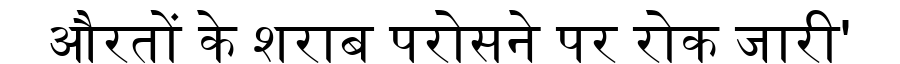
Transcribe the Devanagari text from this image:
औरतों के शराब परोसने पर रोक जारी'